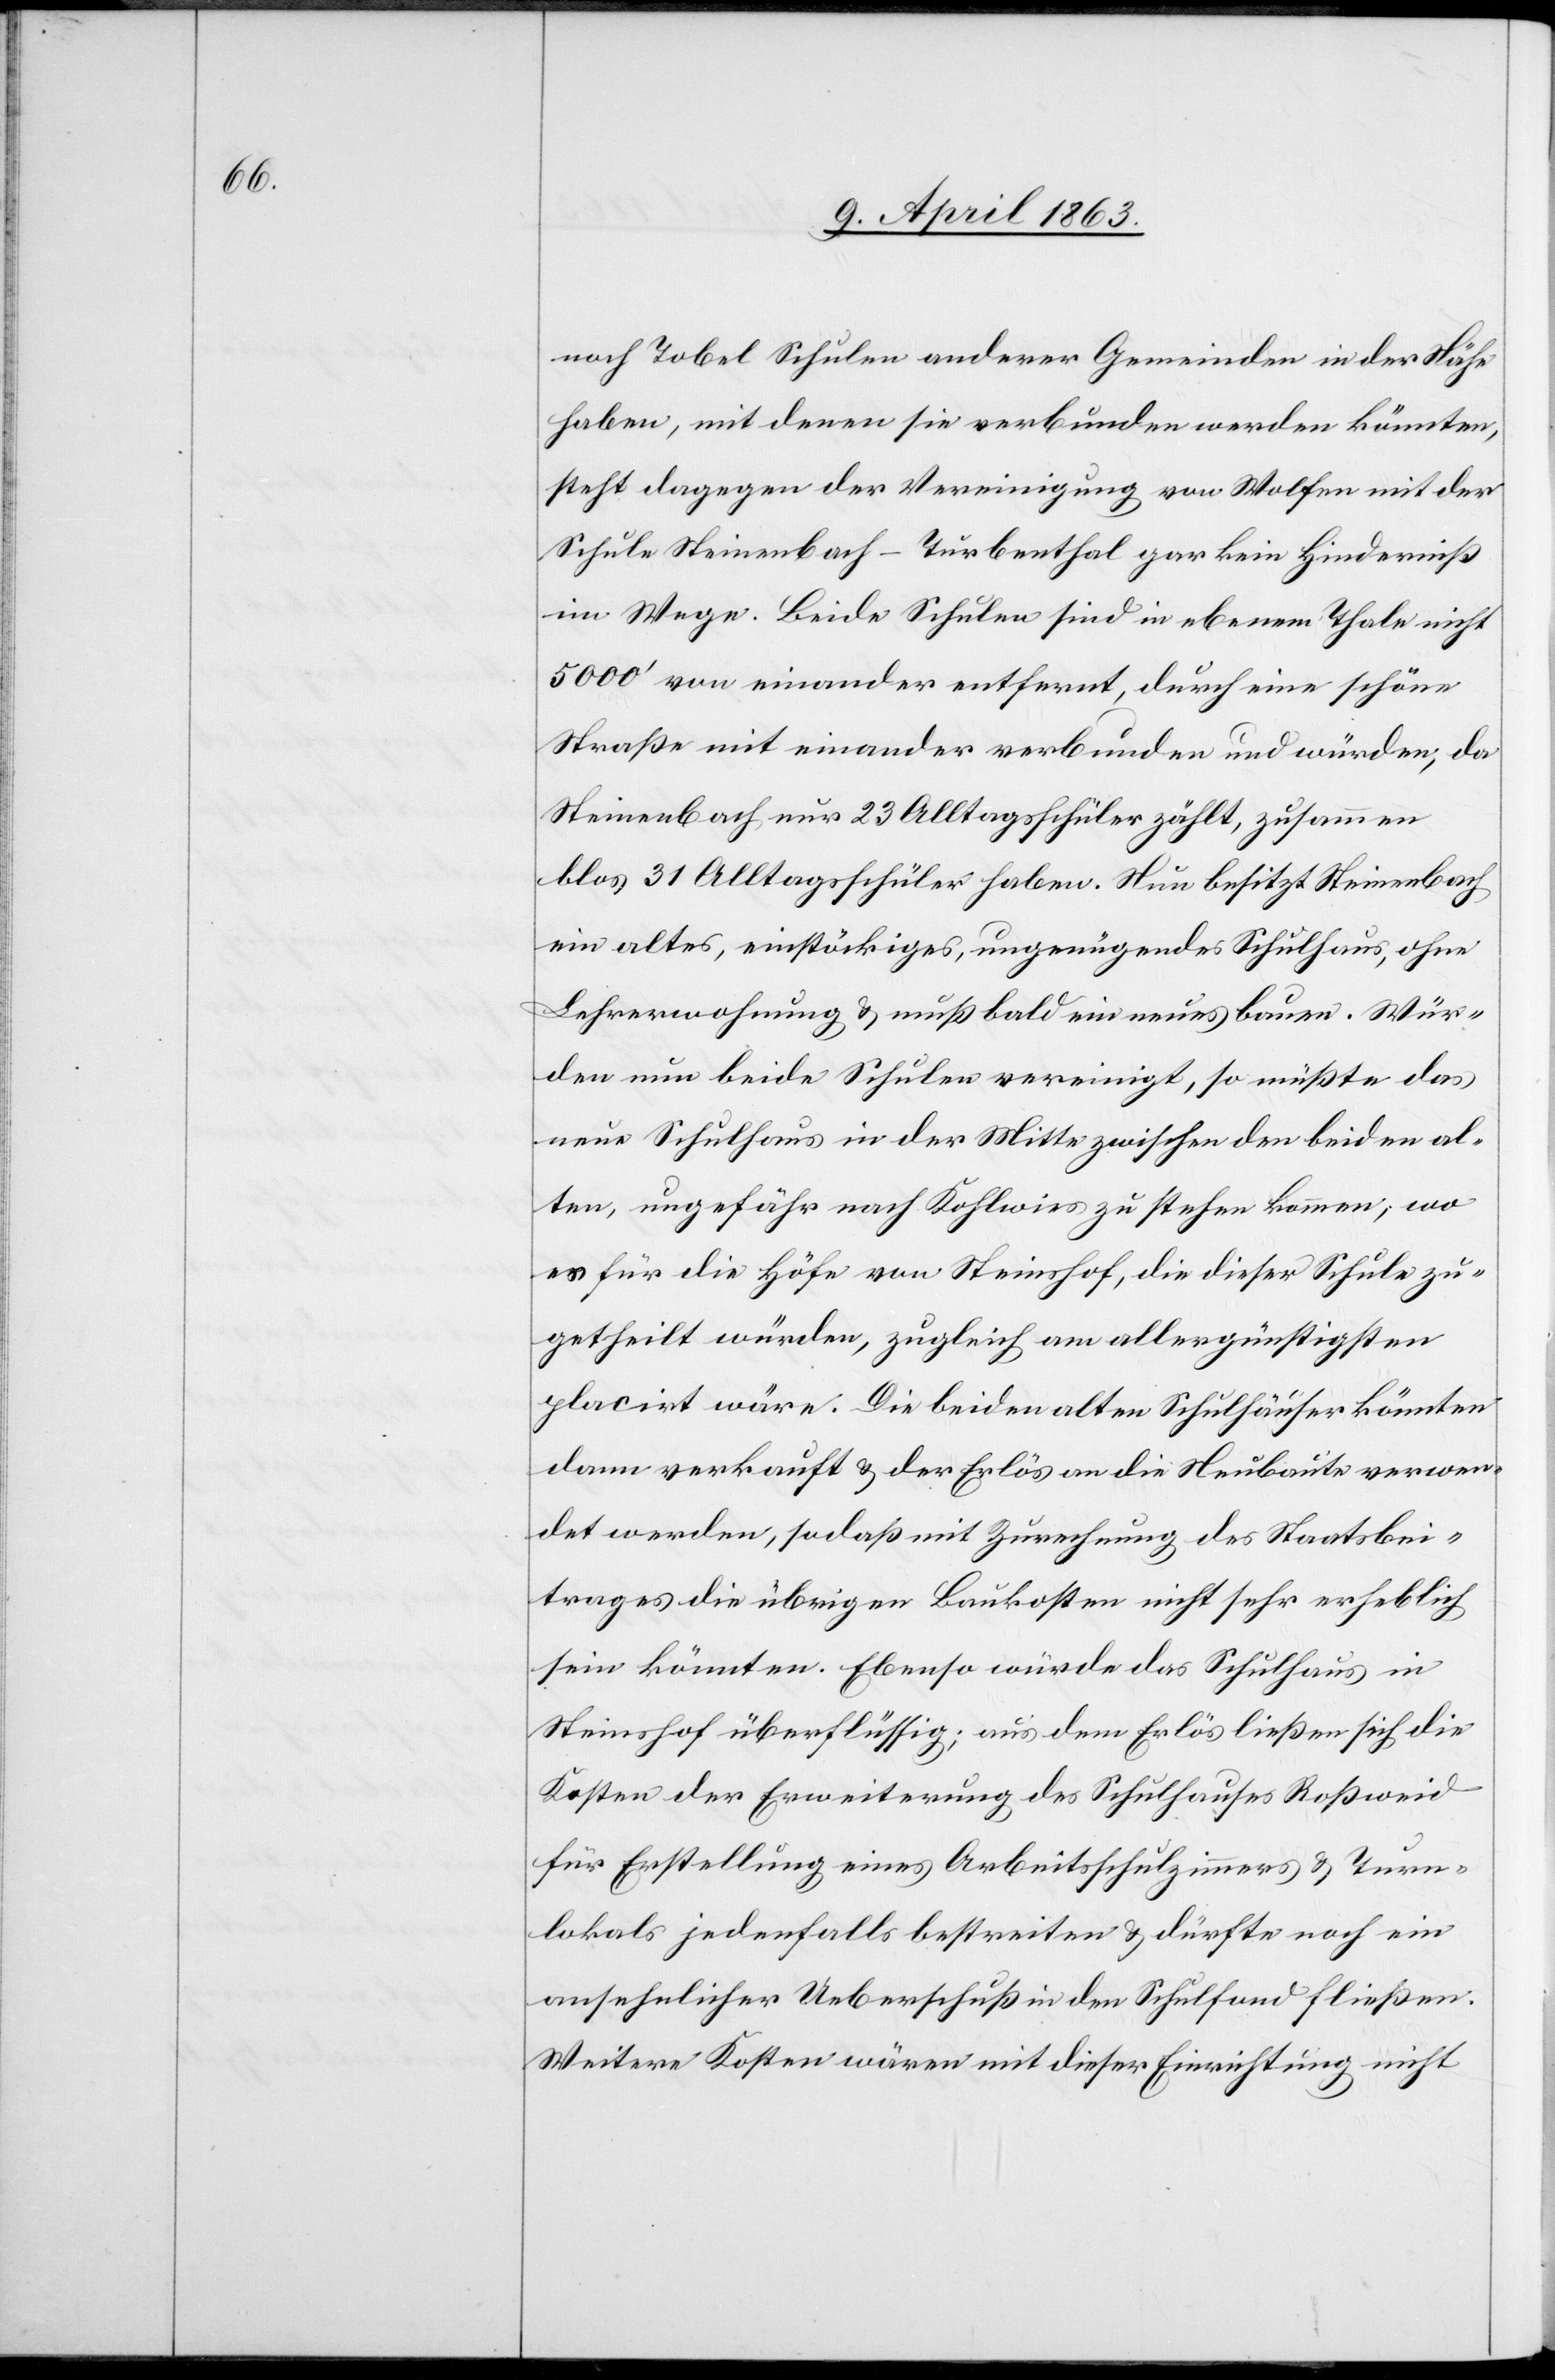
noch Tobel Schulen anderer Gemeinden in der Nähe
haben, mit denen sie verbunden werden könnten,
steht dagegen der Vereinigung von Wolfen mit der
Schule Steinenbach-Turbenthal gar kein Hinderniß
im Wege. Beide Schulen sind in ebenem Thale nicht
5000' von einander entfernt, durch eine schöne
Straße mit einander verbunden und würden, da
Steinenbach nur 23 Alltagsschüler zählt, zusammen
blos 31 Alltagsschüler haben. Nun besitzt Steinenbach
ein altes, einstöckiges, ungenügendes Schulhaus, ohne
Lehrerwohnung & muß bald ein neues bauen. Wür¬
den nun beide Schulen vereinigt, so müßte das
neue Schulhaus in der Mitte zwischen den beiden al¬
ten, ungefähr nach Kohlwies zu stehen kommen; wo
es für die Höfe von Steinshof, die dieser Schule zu¬
getheilt würden, zugleich am allergünstigsten
placirt wäre. Die beiden alten Schulhäuser könnten
dann verkauft & der Erlös an die Neubaute verwen¬
det werden, sodaß mit Zurechnung des Staatsbei¬
trages die übrigen Baukosten nicht sehr erheblich
sein könnten. Ebenso würde das Schulhaus in
Steinshof überflüssig; aus dem Erlös ließen sich die
Kosten der Erweiterung des Schulhauses Roßweid
für Erstellung eines Arbeitsschulzimmers & Turn¬
lokals jedenfalls bestreiten & dürfte noch ein
ansehnlicher Ueberschuß in den Schulfond fließen.
Weitere Kosten wären mit dieser Einrichtung nicht